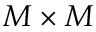
M \times M